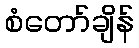
စံတော်ချိန်